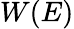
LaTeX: W(E)